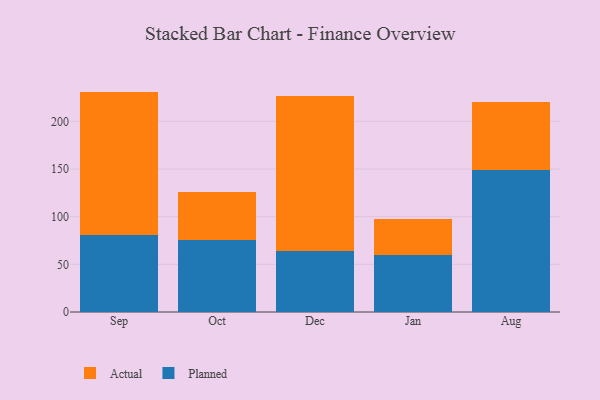
{"axis": {"x": "Month", "y": "Gross Profit (USD K)"}, "legend": ["Actual", "Planned"], "data": [{"x": "Sep", "y": 81.2, "type": "Planned"}, {"x": "Sep", "y": 150.0, "type": "Actual"}, {"x": "Oct", "y": 75.8, "type": "Planned"}, {"x": "Oct", "y": 50.1, "type": "Actual"}, {"x": "Dec", "y": 64.3, "type": "Planned"}, {"x": "Dec", "y": 161.8, "type": "Actual"}, {"x": "Jan", "y": 60.2, "type": "Planned"}, {"x": "Jan", "y": 37.8, "type": "Actual"}, {"x": "Aug", "y": 148.9, "type": "Planned"}, {"x": "Aug", "y": 71.6, "type": "Actual"}]}